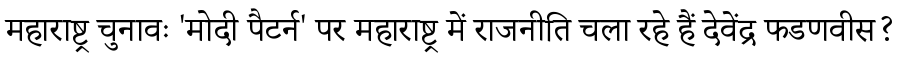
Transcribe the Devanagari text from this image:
महाराष्ट्र चुनावः 'मोदी पैटर्न' पर महाराष्ट्र में राजनीति चला रहे हैं देवेंद्र फडणवीस?